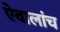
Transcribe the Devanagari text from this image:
ऐवालांच